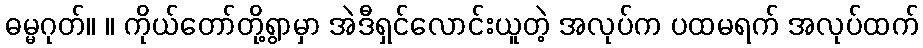
ဓမ္မဂုတ်။ ။ ကိုယ်တော်တို့ရွာမှာ အဲဒီရှင်လောင်းယူတဲ့ အလုပ်က ပထမရက် အလုပ်ထက်